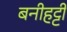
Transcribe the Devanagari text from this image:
बनीहट्टी